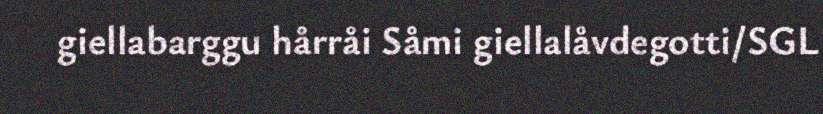
giellabarggu hårråi Såmi giellalåvdegotti/SGL